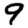
Digit: 9